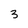
Character: 3